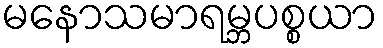
မနောသမာရမ္ဘပစ္စယာ